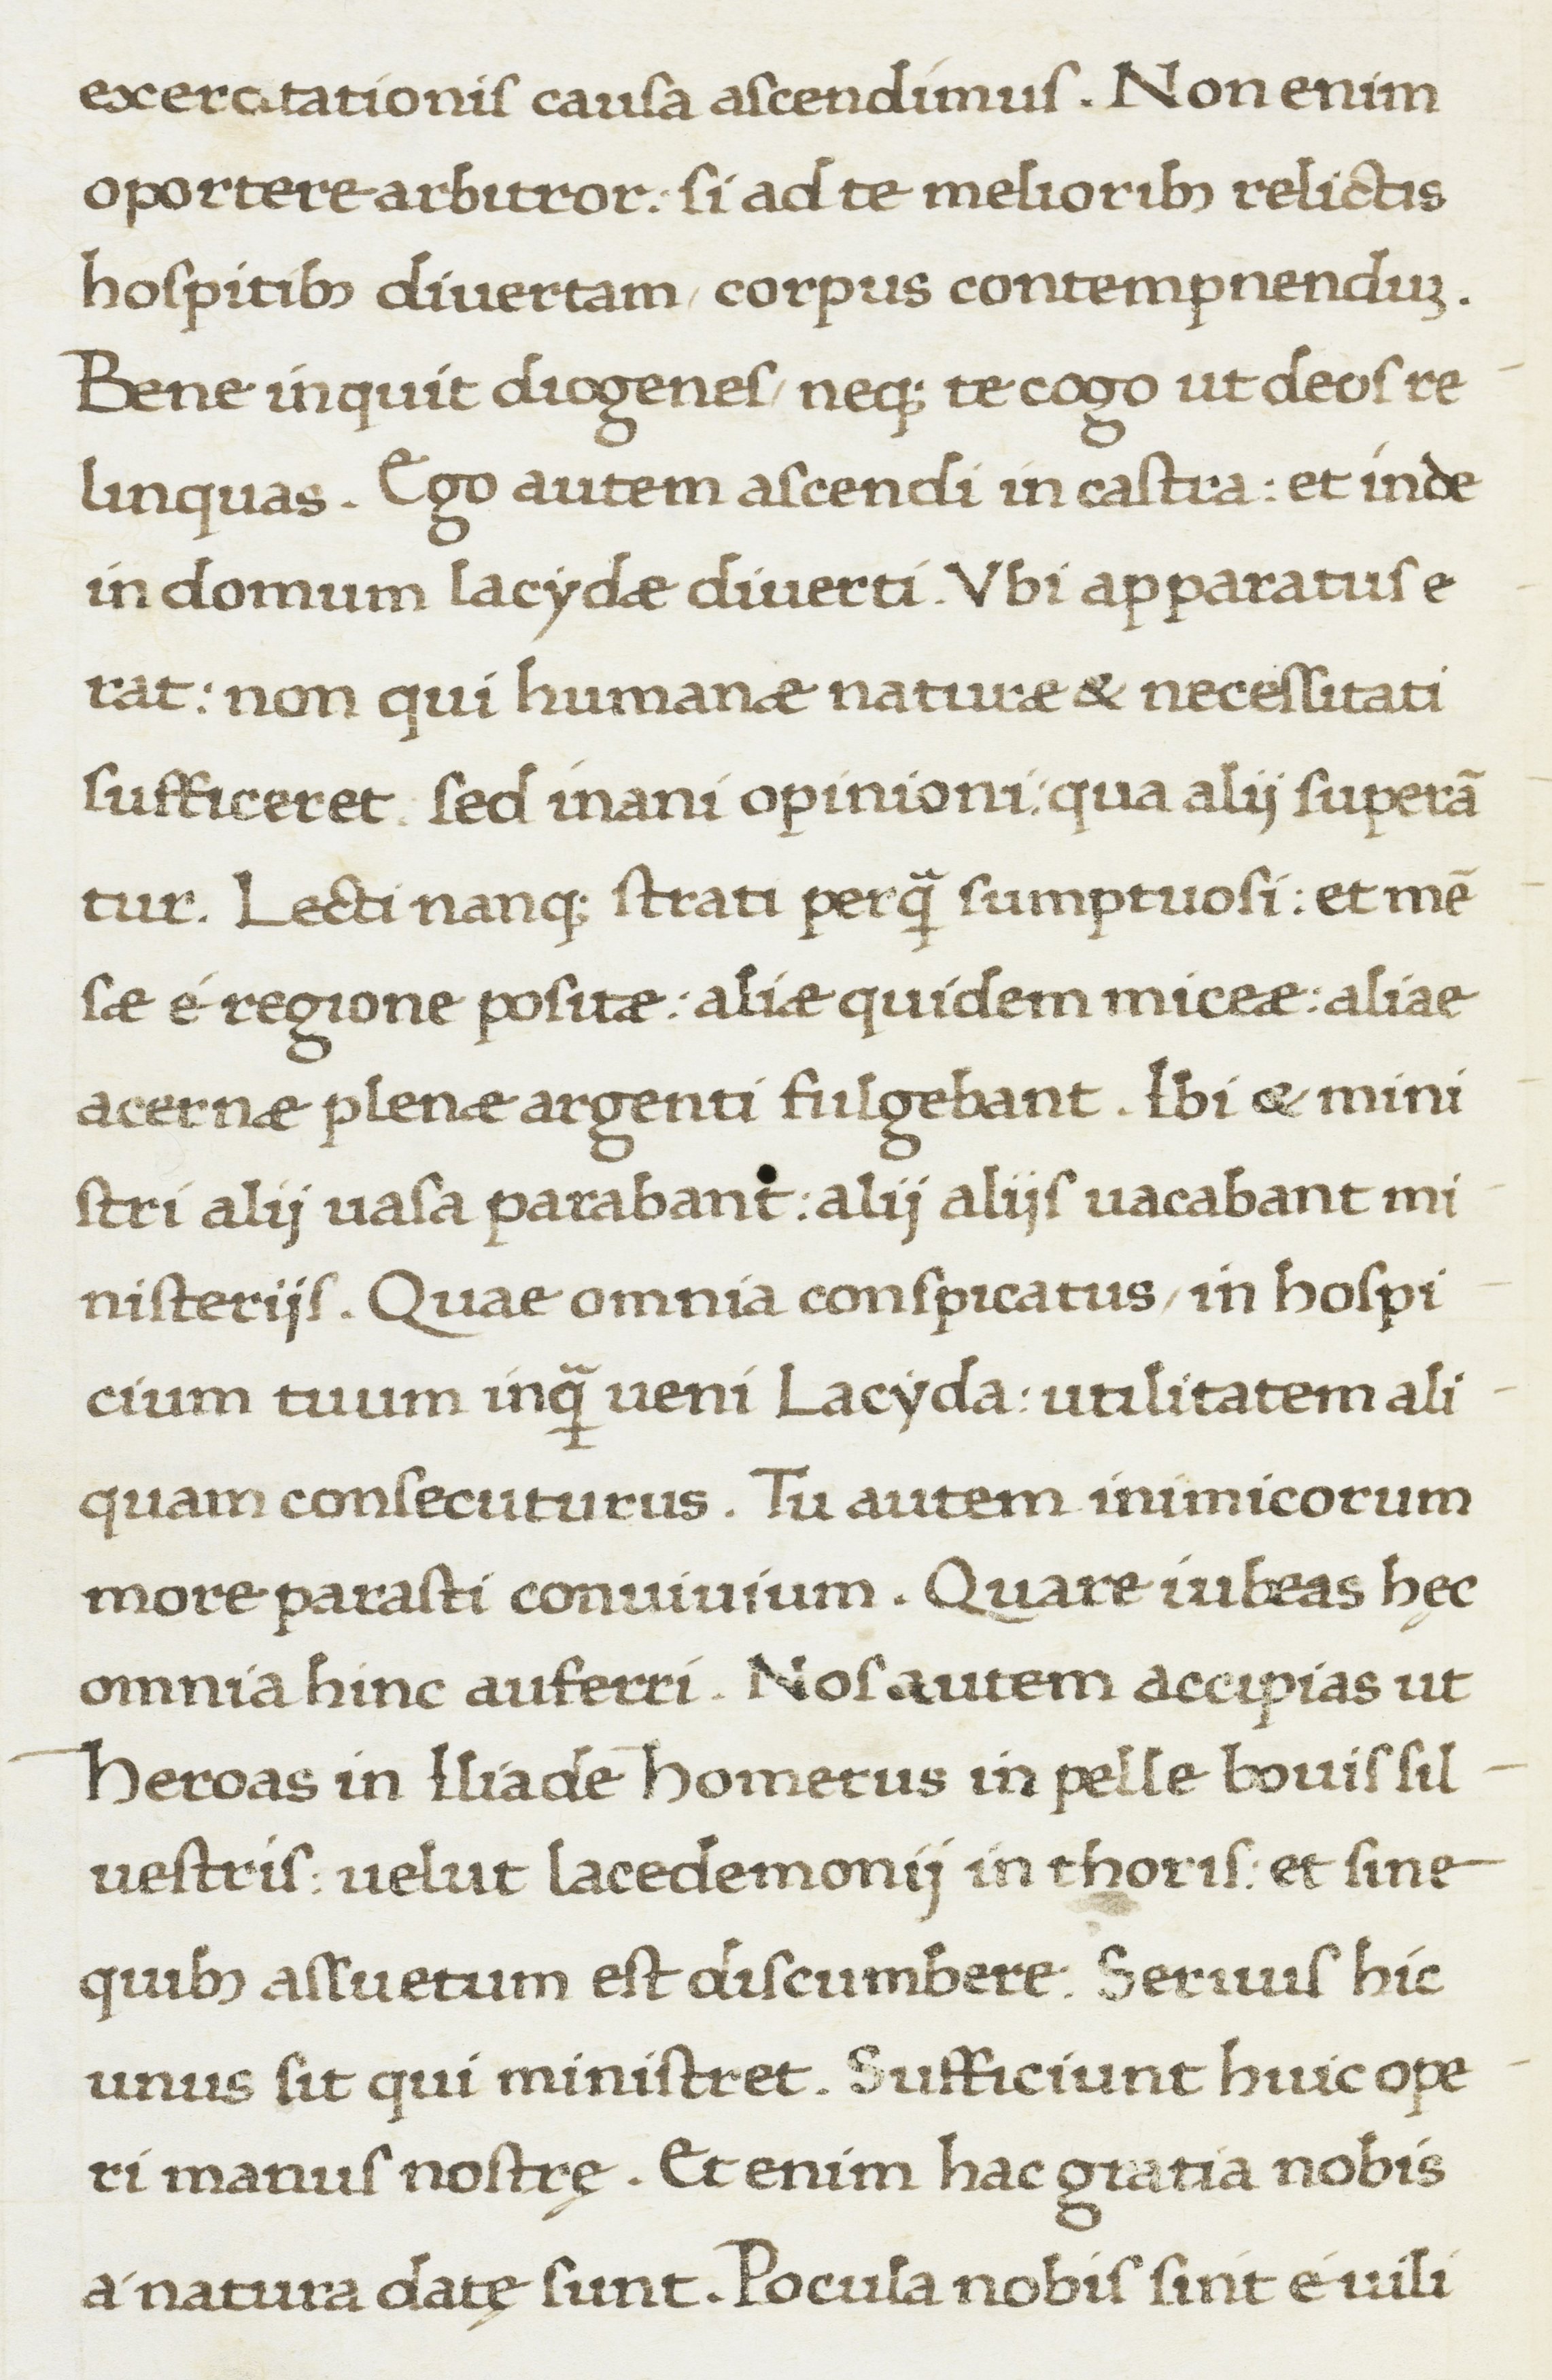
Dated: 1467–1468